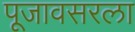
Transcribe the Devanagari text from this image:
पूजावसरला